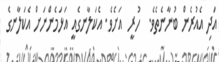
އަދި އެއުރެން ބުނާނެތެވެ.  ހުރީ  އަށެވެ. އެކަލާނގެއީ އަޅަމެންނަށް އެކަލާނގެ